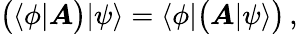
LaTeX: {\bigl(}\langle\phi|{\boldsymbol{\mathit{A}}}{\bigr)}|\psi\rangle=\langle\phi|{\bigl(}{\boldsymbol{\mathit{A}}}|\psi\rangle{\bigr)}\, ,